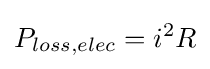
P_{loss,elec}=i^{2}R